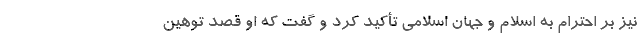
نیز بر احترام به اسلام و جهان اسلامی تأکید کرد و گفت که او قصد توهین